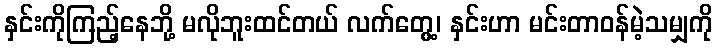
နှင်းကိုကြည့်နေဘို့ မလိုဘူးထင်တယ် လက်တွေ့၊ နှင်းဟာ မင်းတာဝန်မဲ့သမျှကို